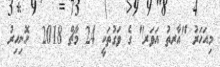
މިއަހަރު "އާރތު އަވަރ" ގެ ވަގުތަކީ 24 މާޗް 2018  ހޮނިހިރު